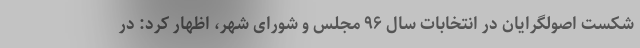
شکست اصولگرایان در انتخابات سال ۹۶ مجلس و شورای شهر، اظهار کرد: در